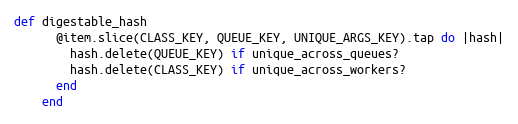
Language: Ruby
def digestable_hash
      @item.slice(CLASS_KEY, QUEUE_KEY, UNIQUE_ARGS_KEY).tap do |hash|
        hash.delete(QUEUE_KEY) if unique_across_queues?
        hash.delete(CLASS_KEY) if unique_across_workers?
      end
    end